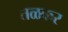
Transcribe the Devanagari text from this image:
तळकर